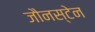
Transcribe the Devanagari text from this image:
जौनस्टेन